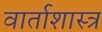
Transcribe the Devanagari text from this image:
वार्ताशास्त्र